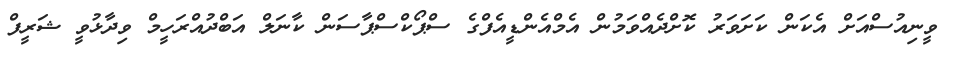
ވީނިއުސްއަށް އެކަން ކަށަވަރު ކޮށްދެއްވަމުން އެމްއެންޑީއެފްގެ ސްޕޯކްސްޕާސަން ކާނަލް އަބްދުއްރަހީމް ވިދާޅުވީ ޝަރީފް